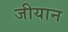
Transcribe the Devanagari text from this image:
जीयान